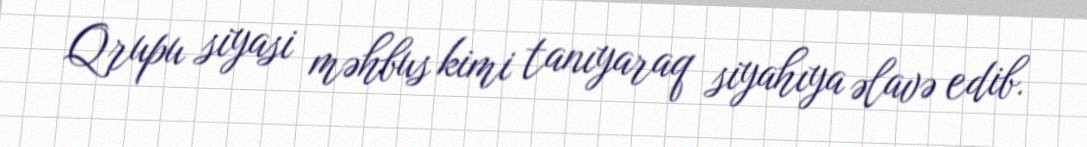
Qrupu siyasi məhbus kimi tanıyaraq siyahıya əlavə edib.